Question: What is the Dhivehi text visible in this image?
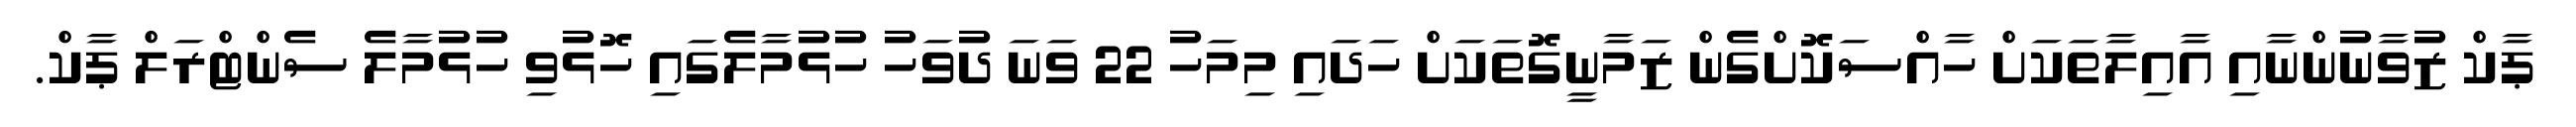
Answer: ޕާކް ޒުވާނުންނާއި އާއިލާތަކަށް ހާއްސަކޮށްގެން ޒަމާނީގޮތަކަށް ހަދައި މިމަހު 22 ވަނަ ދުވަހު ހުޅުމާލެގައި ހޮޅުވި ހުޅުމާލެ ސެންޓްރަލް ޕާކް.